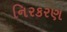
નિરકરણ